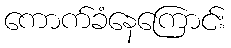
ကောက်ခံနေကြောင်း